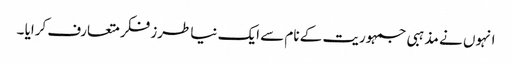
انہوں نے مذہبی جمہوریت کے نام سے ایک نیا طرز فکر متعارف کرایا ۔